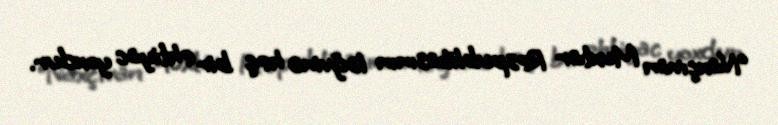
“Naxçıvan Muxtar Respublikasının ləğvinə heç bir ehtiyac yoxdur.